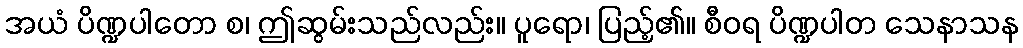
အယံ ပိဏ္ဍပါတော စ၊ ဤဆွမ်းသည်လည်း။ ပူရော၊ ပြည့်၏။ စီဝရ ပိဏ္ဍပါတ သေနာသန